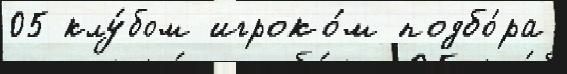
05 клу́бом игроко́м подбо́ра